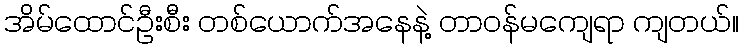
အိမ်ထောင်ဦးစီး တစ်ယောက်အနေနဲ့ တာဝန်မကျေရာ ကျတယ်။